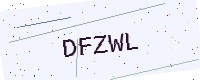
Text: DFZWL